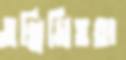
তন্নিমিত্ততা